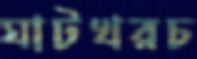
ঘাটখরচ